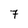
Character: 7